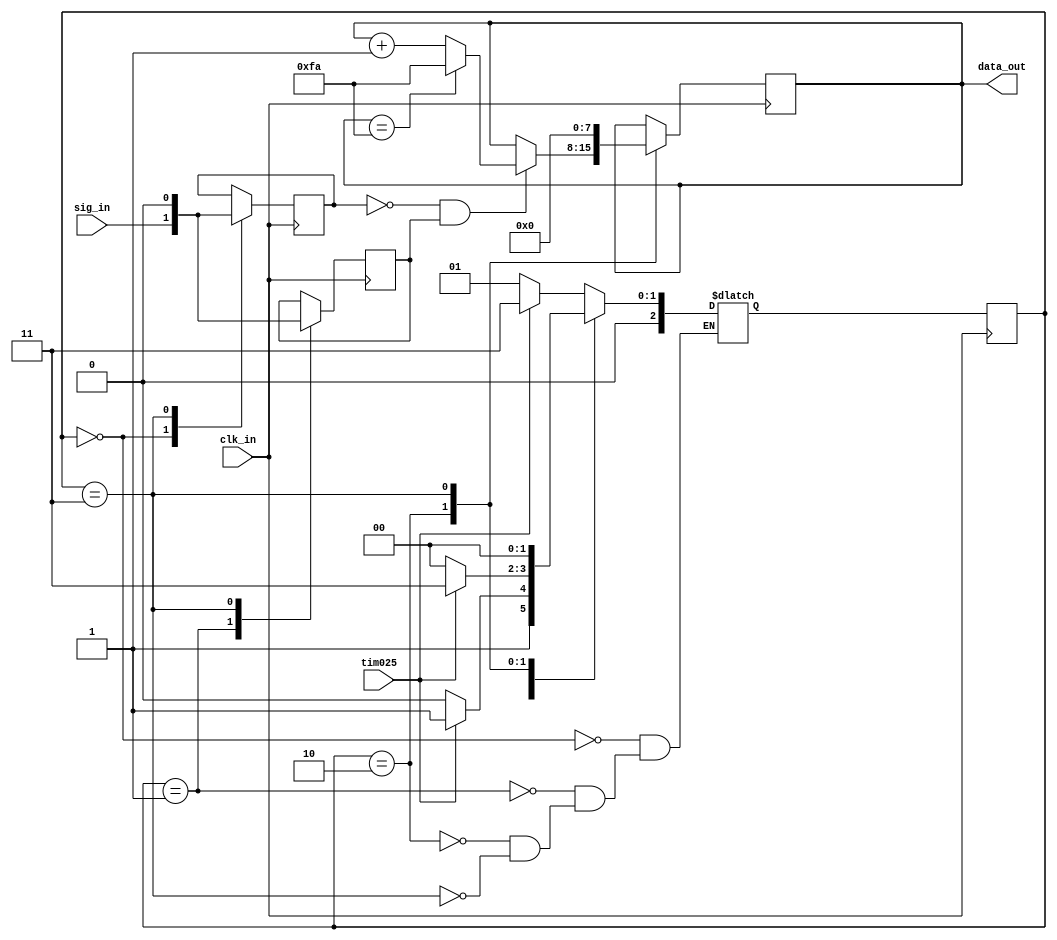
//	setup file time 2018/2/9
//	author <ross1206vii@gmail.com>

// I think I have to use the state-mechine 
// to detect the positive-edge of input signal


`define DETECT1_ST 	3'b000		//because I did not use the reset signal, so this state never exists
`define DETECT2_ST	3'b001
`define COMPARE_ST	3'b010
`define LOCK_ST		3'b011





module counter
(
	input clk_in,
	input sig_in,
	input tim025,
	
	output [7:0] data_out		//the max frequency of input signal is 1000HZ
);


reg [2:0] current_state;
reg [2:0] next_state;

reg first_result;
reg second_result;

reg [7:0] counter;


// this always will describe the function due to current state
always @(posedge clk_in)
begin

	case(current_state)
		`DETECT1_ST: begin
			first_result <= sig_in;
		end
		
		`DETECT2_ST: begin
			second_result <= sig_in;
		end
		
		`COMPARE_ST: begin
			if((first_result == 1'b0) && (second_result == 1'b1)) begin	//means posedge of sig_in
				if(counter == 250) begin	// protect [8:0] overflow
					counter <= 250;
				end
				else begin 
					counter <= counter + 1;
				end
			end
		end
		
		`LOCK_ST: begin
			first_result <= 1'b0;
			second_result <= 1'b0;
			counter <= 8'b0;
		end
		
		default:
			;
	endcase
end


assign data_out = counter; 


// this always determin the logic of next-state changing
always @(*)
begin
	case(current_state)
		`DETECT1_ST: begin	
			if(tim025 == 1'b1) begin
				next_state = `LOCK_ST;
			end
			else begin
				next_state = `DETECT2_ST;
			end
		end
		
		`DETECT2_ST: begin	
			if(tim025 == 1'b1) begin
				next_state = `LOCK_ST;
			end
			else begin
				next_state = `COMPARE_ST;
			end
		end
		
		`COMPARE_ST: begin	
			if(tim025 == 1'b1) begin
				next_state = `LOCK_ST;
			end
			else begin
				next_state = `DETECT1_ST;
			end
		end
		
		`LOCK_ST: begin	
			next_state = `DETECT1_ST;
		end
		
		default: begin	
			;
		end
	endcase
end



// this always update next-state to current state
always @(posedge clk_in)
begin 
	current_state <= next_state;
end



endmodule